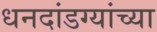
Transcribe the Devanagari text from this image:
धनदांडग्यांच्या